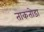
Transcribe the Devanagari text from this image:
ताकतोडा